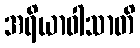
အရိယာဝါသာတိ